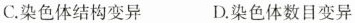
C.染色体结构变异 D.染色体数目变异